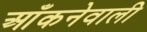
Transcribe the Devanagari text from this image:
आँकनेवाली